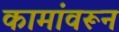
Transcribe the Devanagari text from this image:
कामांवरून